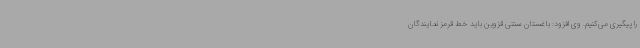
را پیگیری می‌کنیم. وی افزود: باغستان سنتی قزوین باید خط قرمز نمایندگان